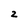
Character: 2